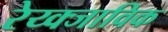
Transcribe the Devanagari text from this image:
रेय्क्जाविक